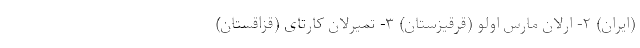
(ایران) ۲- ارلان مارس اولو (قرقیزستان) ۳- تمیرلان کارتای (قزاقستان)